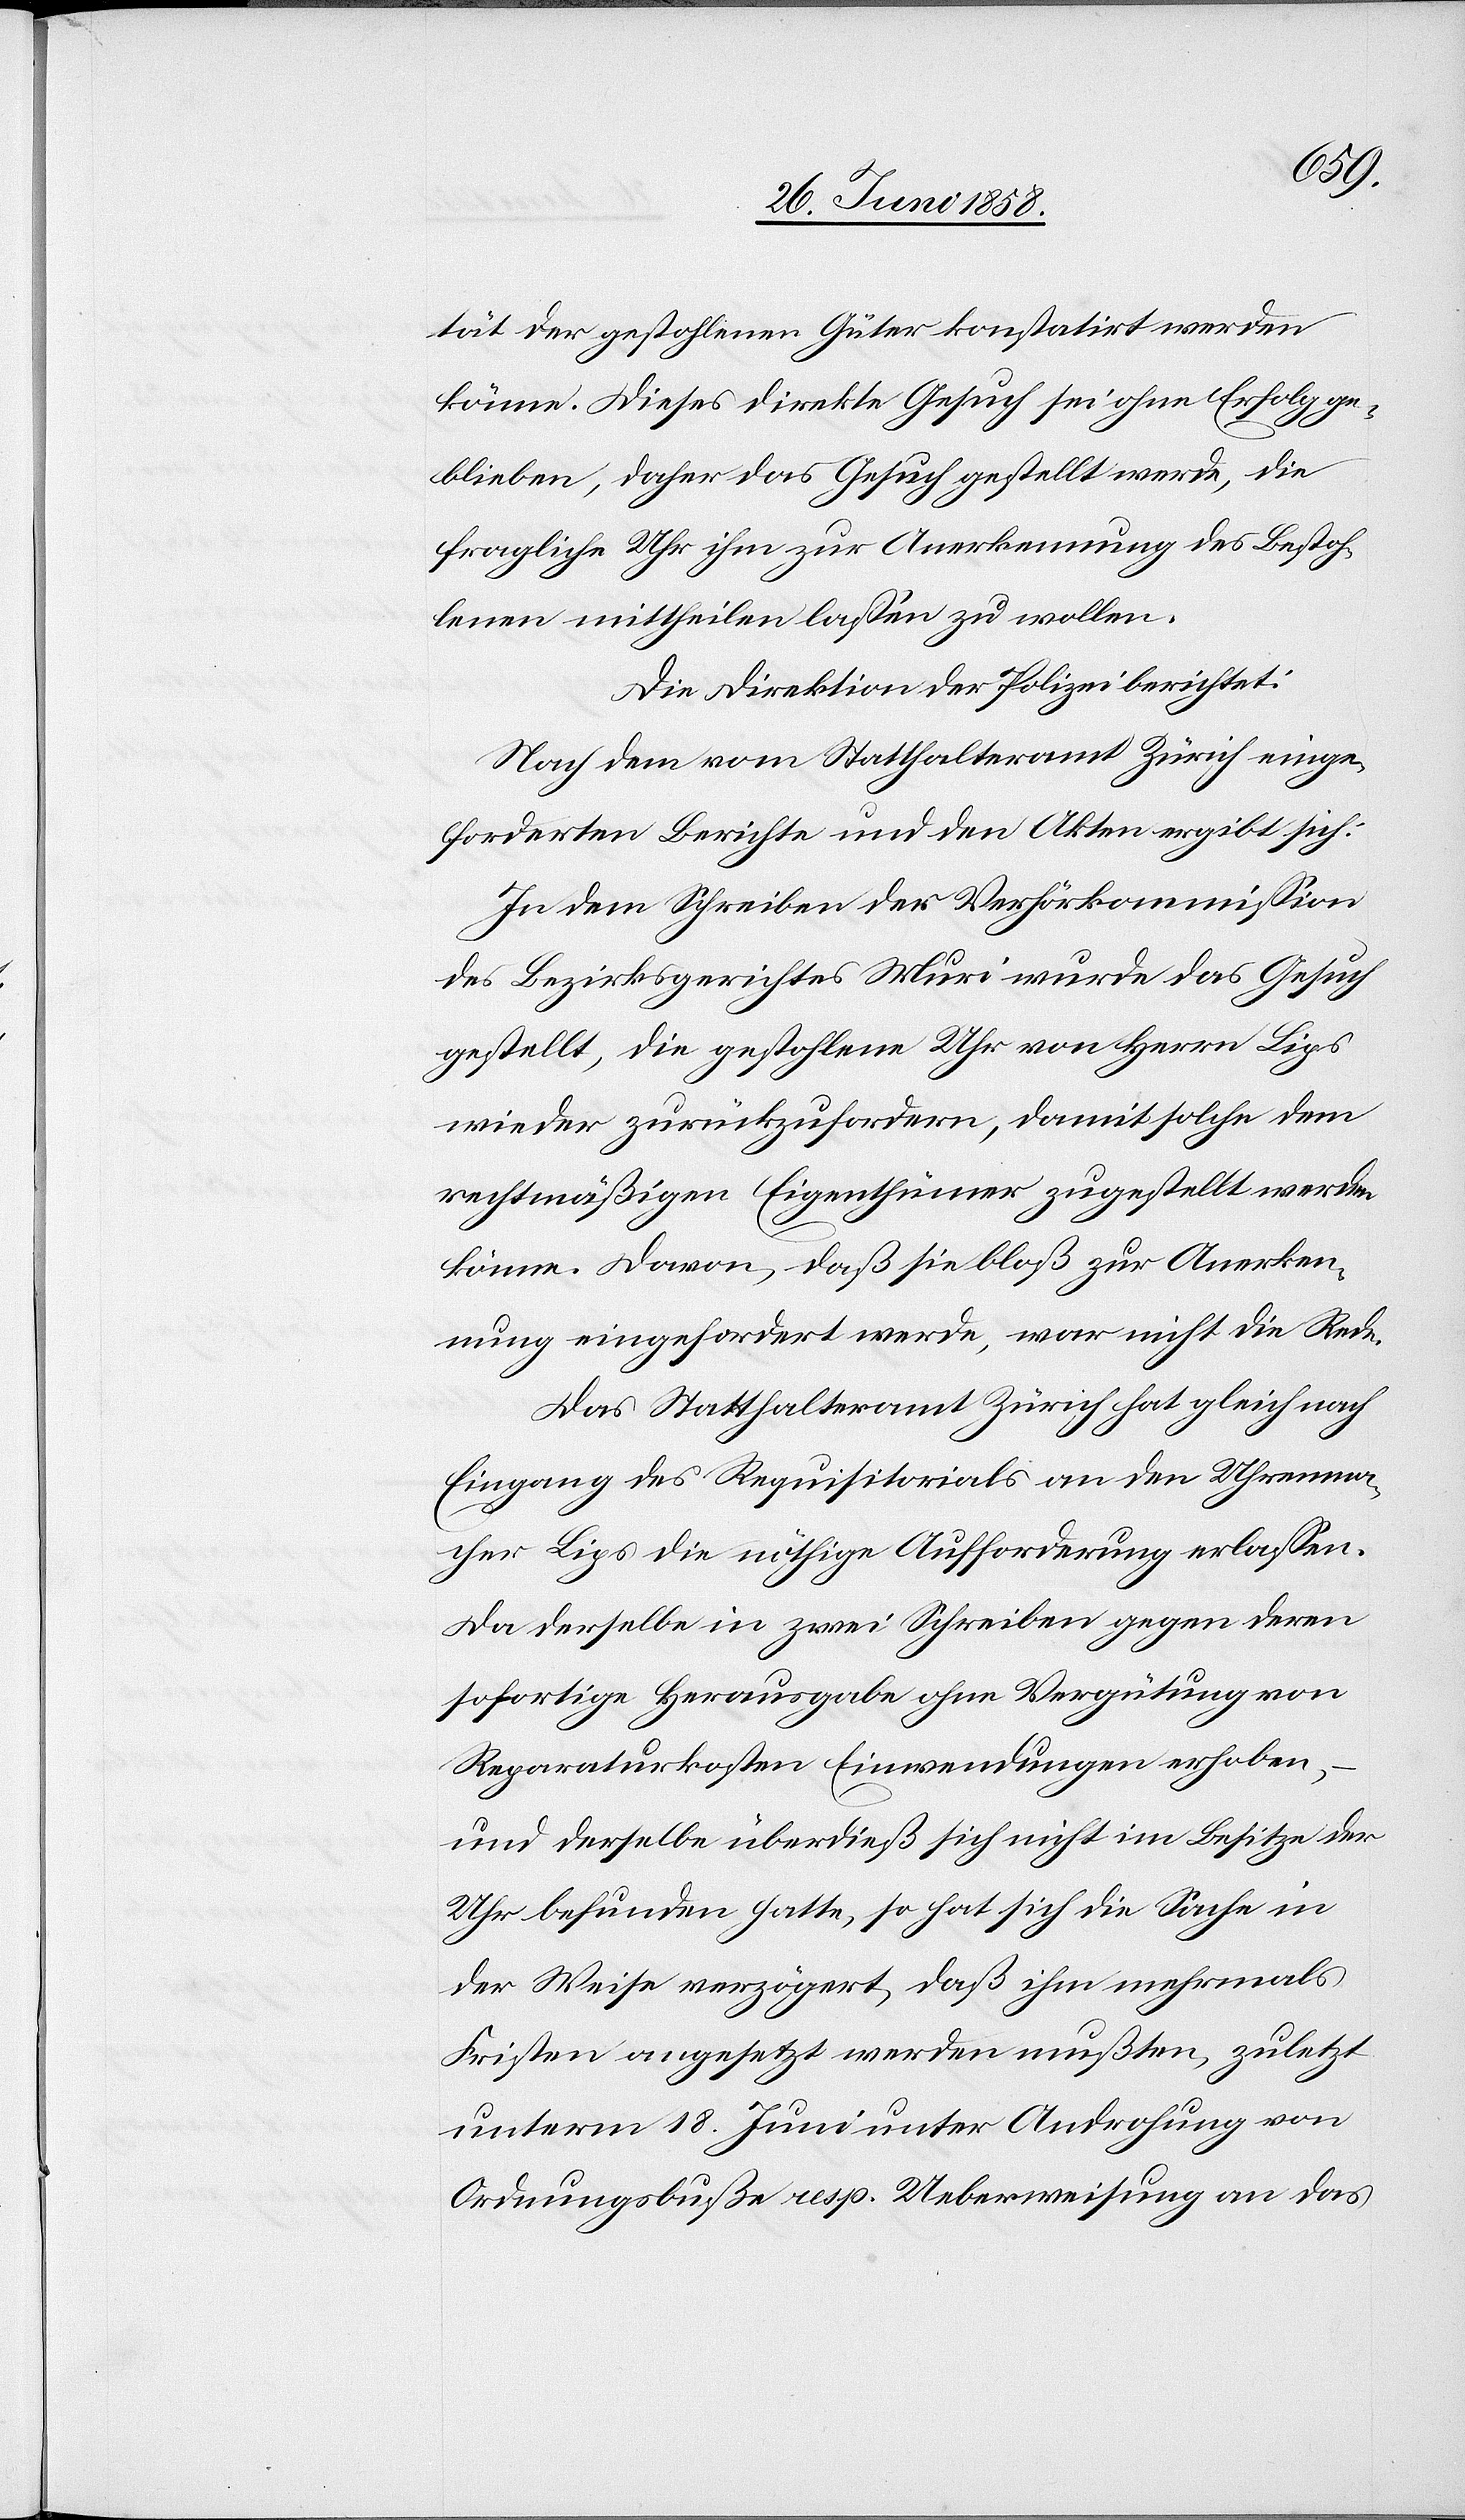
tät der gestohlenen Güter konstatirt werden
könne. Dieses direkte Gesuch sei ohne Erfolg ge¬
blieben, daher das Gesuch gestellt werde, die
fragliche Uhr ihm zur Anerkennung des Bestoh¬
lenen mittheilen lassen zu wollen.
Die Direktion der Polizei berichtet:
Nach dem vom Statthalteramt Zürich einge¬
forderten Berichte und den Akten ergibt sich:
In dem Schreiben der Verhörkommission
des Bezirksgerichtes Muri wurde das Gesuch
gestellt, die gestohlene Uhr von Herrn Lips
wieder zurückzufordern, damit solche dem
rechtmäßigen Eigenthümer zugestellt werden
könne. Davon, daß sie bloß zur Anerken¬
nung eingefordert werde, war nicht die Rede.
Das Statthalteramt Zürich hat gleich nach
Eingang des Requisitorials an den Uhrenma¬
cher Lips die nöthige Aufforderung erlassen.
Da derselbe in zwei Schreiben gegen deren
sofortige Herausgabe ohne Vergütung von
Reparaturkosten Einwendungen erhoben,
und derselbe überdieß sich nicht im Besitze der
Uhr befunden hatte, so hat sich die Sache in
der Weise verzögert, daß ihm mehrmals
Fristen angesetzt werden mußten, zuletzt
unterm 18. Juni unter Androhung von
Ordnungsbuße resp. Ueberweisung an das